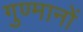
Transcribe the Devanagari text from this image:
गुण्मानों